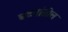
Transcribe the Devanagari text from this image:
घटनांतील